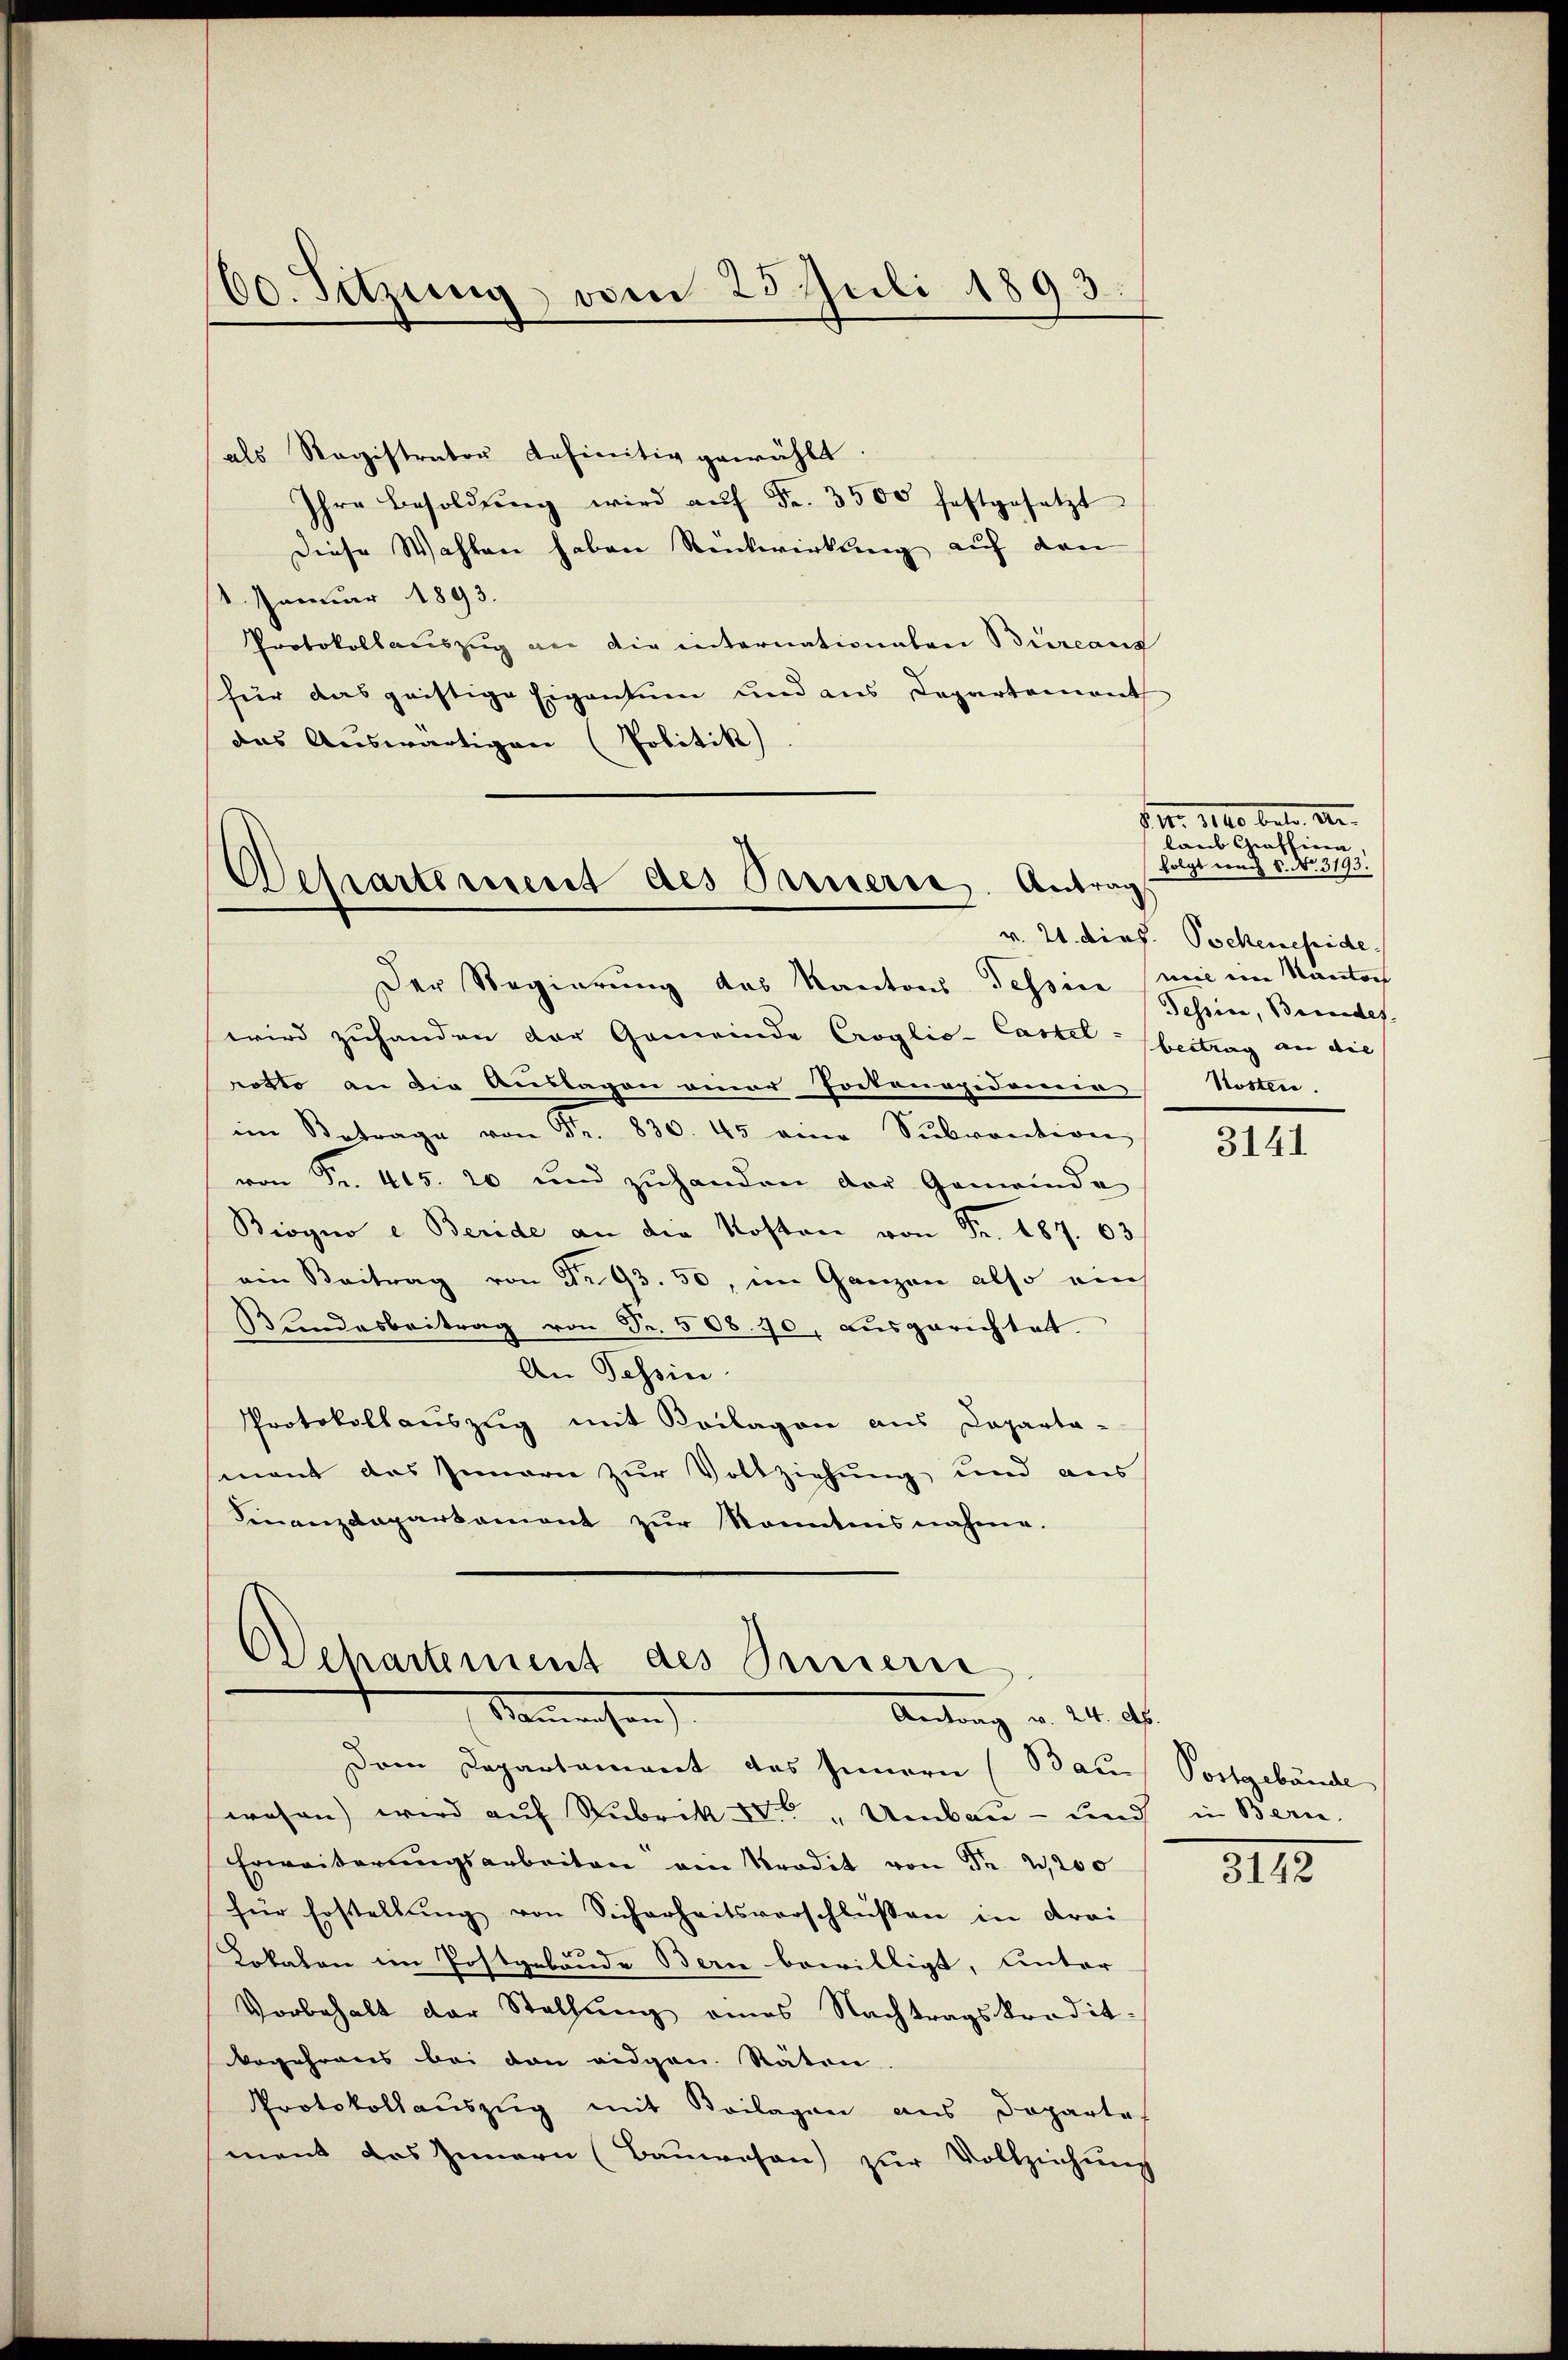
60. Setzung vom 23. Juli 1893.

als Registrator definitiv gewählt.
Ihre Besoldŭng wird aŭf Fr. 3500 festgesetzt
Diese Wahlen haben Rückwirkung auf den
1 Januar 1893.
Protokollauszug an die internationaten Büreaus
für das geistige Eigentum und aus Departement
das Auswärtigen (Politik)

Departement des Paruerie. Antrag

Der Regierung des Kantons Tessine wie im Kantons
wird zuhanden der Gemeinde Croglio. Castel-Obertrag an die
rotto an die Auslagen einer Portonopidemie Kosten.
im Betrage von Fr. 830. 45 eine Subvention
von Fr. 415. 20 und zuhanden der Gemeinde
Biogno e Beride an die Kosten von Fr. 187. 63
ein Beitrag von Nr. 93. 50, im Ganzen also auch
Bundesbeitrag von Fr. 508. 70, ausgerichtet.
An Tessin.
Protokollauszug mit Beilagen aus Departa-
mant das Innern zur Vollziehung und aus
Finanzdepartament zŭr Kenntnisnahme.

Ochartement des Innern
Namachen
Antrag v. 24. ds.

Dem Departament des Innern (Bau
wesen) wird auf Rubrik IV. „Umbau - und in Bern.
Erweiterŭngsarbeiten ein Tradit von Fr. 2,200
für Erstellŭng von Sicherheitsverschlŭβen in drei
Lokalen im Postgebäude Bern bewilligt, unter
Vorbehalt der Stallung eines Nachtragskredit-
begehrens bei den eidgen. Räten.
Protokollauszug mit Beilagen aus Dopartes
ment des Innern (Bauwesen zŭr Vollziehŭng

Fr. 140. betr. d.
laub Graffiera
folgt und 6. No. 3193.
v. 21. dies. Pockenepide
Tessin, Beendes.

3141

Postgebäude

3112